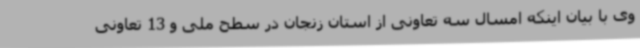
وی با بیان اینکه امسال سه تعاونی از استان زنجان در سطح ملی و 13 تعاونی